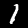
Label: 1